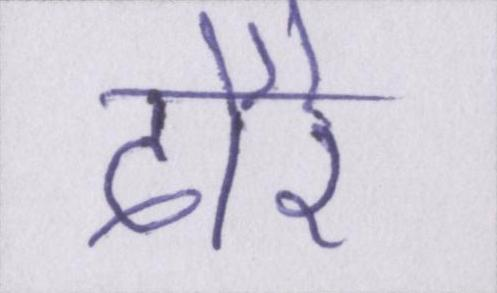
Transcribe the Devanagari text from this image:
दौरे